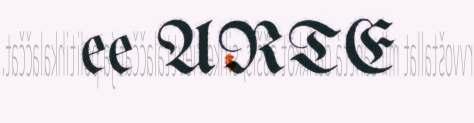
ee ARTE